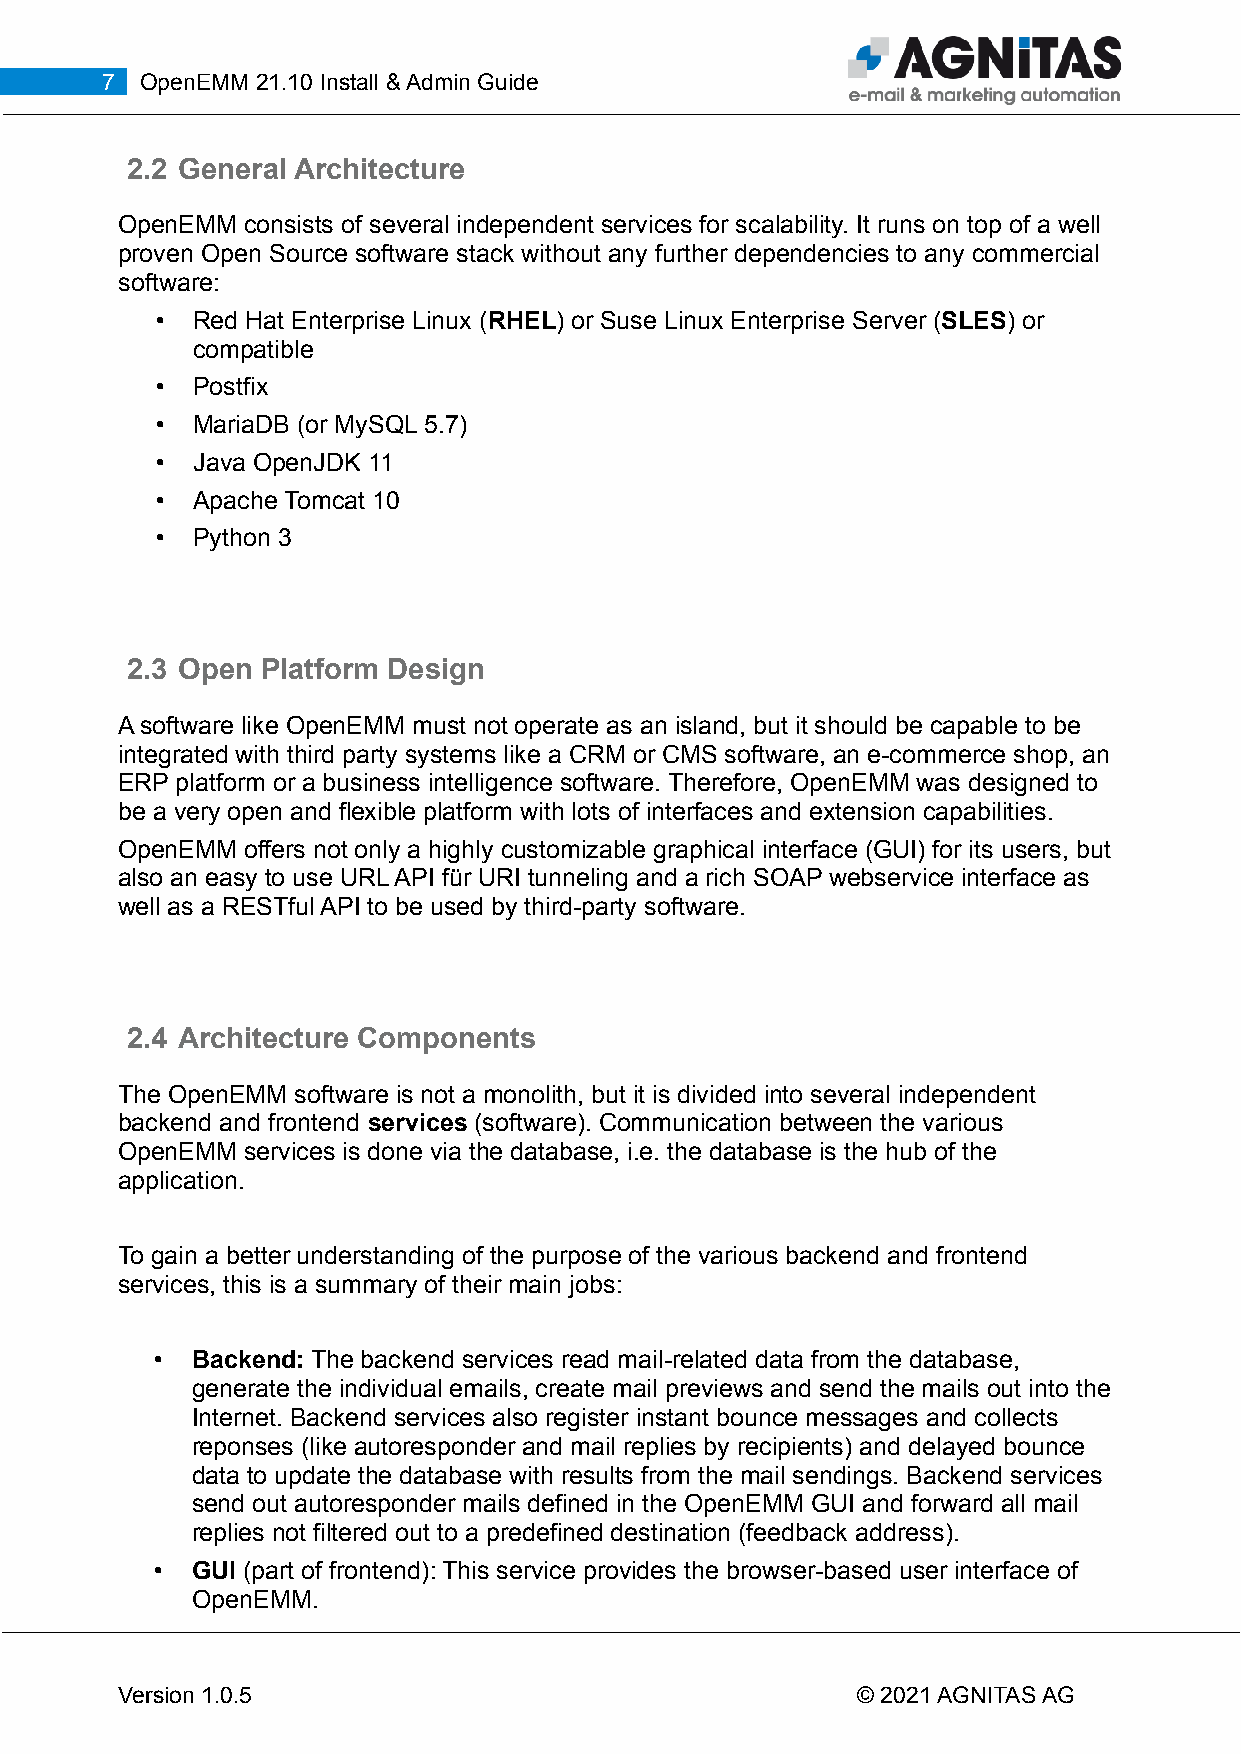
7 OpenEMM 21.10 Install & Admin Guide
 2.2 General Architecture
 OpenEMM consists of several independent services for scalability. It runs on top of a well
 proven Open Source software stack without any further dependencies to any commercial
 software:
 •  Red Hat Enterprise Linux (RHEL) or Suse Linux Enterprise Server (SLES) or
 compatible
 •  Postfix
 •  MariaDB (or MySQL 5.7)
 •  Java OpenJDK 11
 •  Apache Tomcat 10
 •  Python 3
 2.3 Open Platform Design
 A software like OpenEMM must not operate as an island, but it should be capable to be
 integrated with third party systems like a CRM or CMS software, an e-commerce shop, an
 ERP platform or a business intelligence software. Therefore, OpenEMM was designed to
 be a very open and flexible platform with lots of interfaces and extension capabilities.
 OpenEMM offers not only a highly customizable graphical interface (GUI) for its users, but
 also an easy to use URL API für URI tunneling and a rich SOAP webservice interface as
 well as a RESTful API to be used by third-party software.
 2.4 Architecture Components
 The OpenEMM software is not a monolith, but it is divided into several independent
 backend and frontend services (software). Communication between the various
 OpenEMM services is done via the database, i.e. the database is the hub of the
 application.
 To gain a better understanding of the purpose of the various backend and frontend
 services, this is a summary of their main jobs:
 •  Backend: The backend services read mail-related data from the database,
 generate the individual emails, create mail previews and send the mails out into the
 Internet. Backend services also register instant bounce messages and collects
 reponses (like autoresponder and mail replies by recipients) and delayed bounce
 data to update the database with results from the mail sendings. Backend services
 send out autoresponder mails defined in the OpenEMM GUI and forward all mail
 replies not filtered out to a predefined destination (feedback address).
 •  GUI (part of frontend): This service provides the browser-based user interface of
 OpenEMM.
 Version 1.0.5                                    © 2021 AGNITAS AG